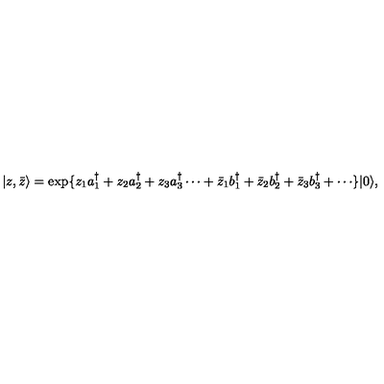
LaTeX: \vert z , \bar { z } \rangle = \exp \{ z _ { 1 } a _ { 1 } ^ { \dagger } + z _ { 2 } a _ { 2 } ^ { \dagger } + z _ { 3 } a _ { 3 } ^ { \dagger } \cdots + \bar { z } _ { 1 } b _ { 1 } ^ { \dagger } + \bar { z } _ { 2 } b _ { 2 } ^ { \dagger } + \bar { z } _ { 3 } b _ { 3 } ^ { \dagger } + \cdots \} \vert 0 \rangle ,